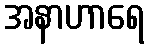
အနာဟာရေ